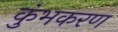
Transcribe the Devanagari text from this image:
कुंभकरण